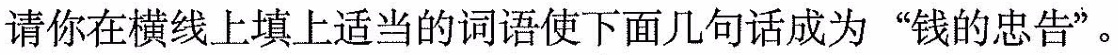
请你在横线上填上适当的词语使下面几句话成为”钱的忠告”。